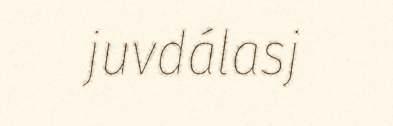
juvdálasj